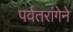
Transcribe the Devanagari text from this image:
पर्वतरांगेने